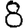
Digit: 8